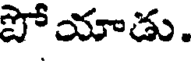
పో యాడు.